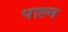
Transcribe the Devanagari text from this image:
पाल्न